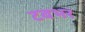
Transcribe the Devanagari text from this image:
टबभर